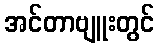
အင်တာဗျူးတွင်